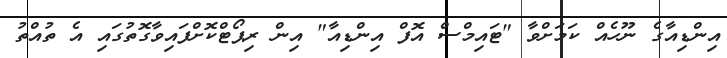
އިންޑިއާގެ ނޫހެއް ކަމަށްވާ "ޓައިމްސް އޮފް އިންޑިއާ" އިން ރިޕޯޓްކޮށްފައިވާގޮތުގައި އެ ތުއްތު